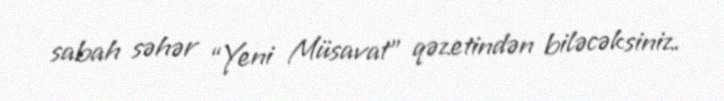
sabah səhər “Yeni Müsavat” qəzetindən biləcəksiniz.